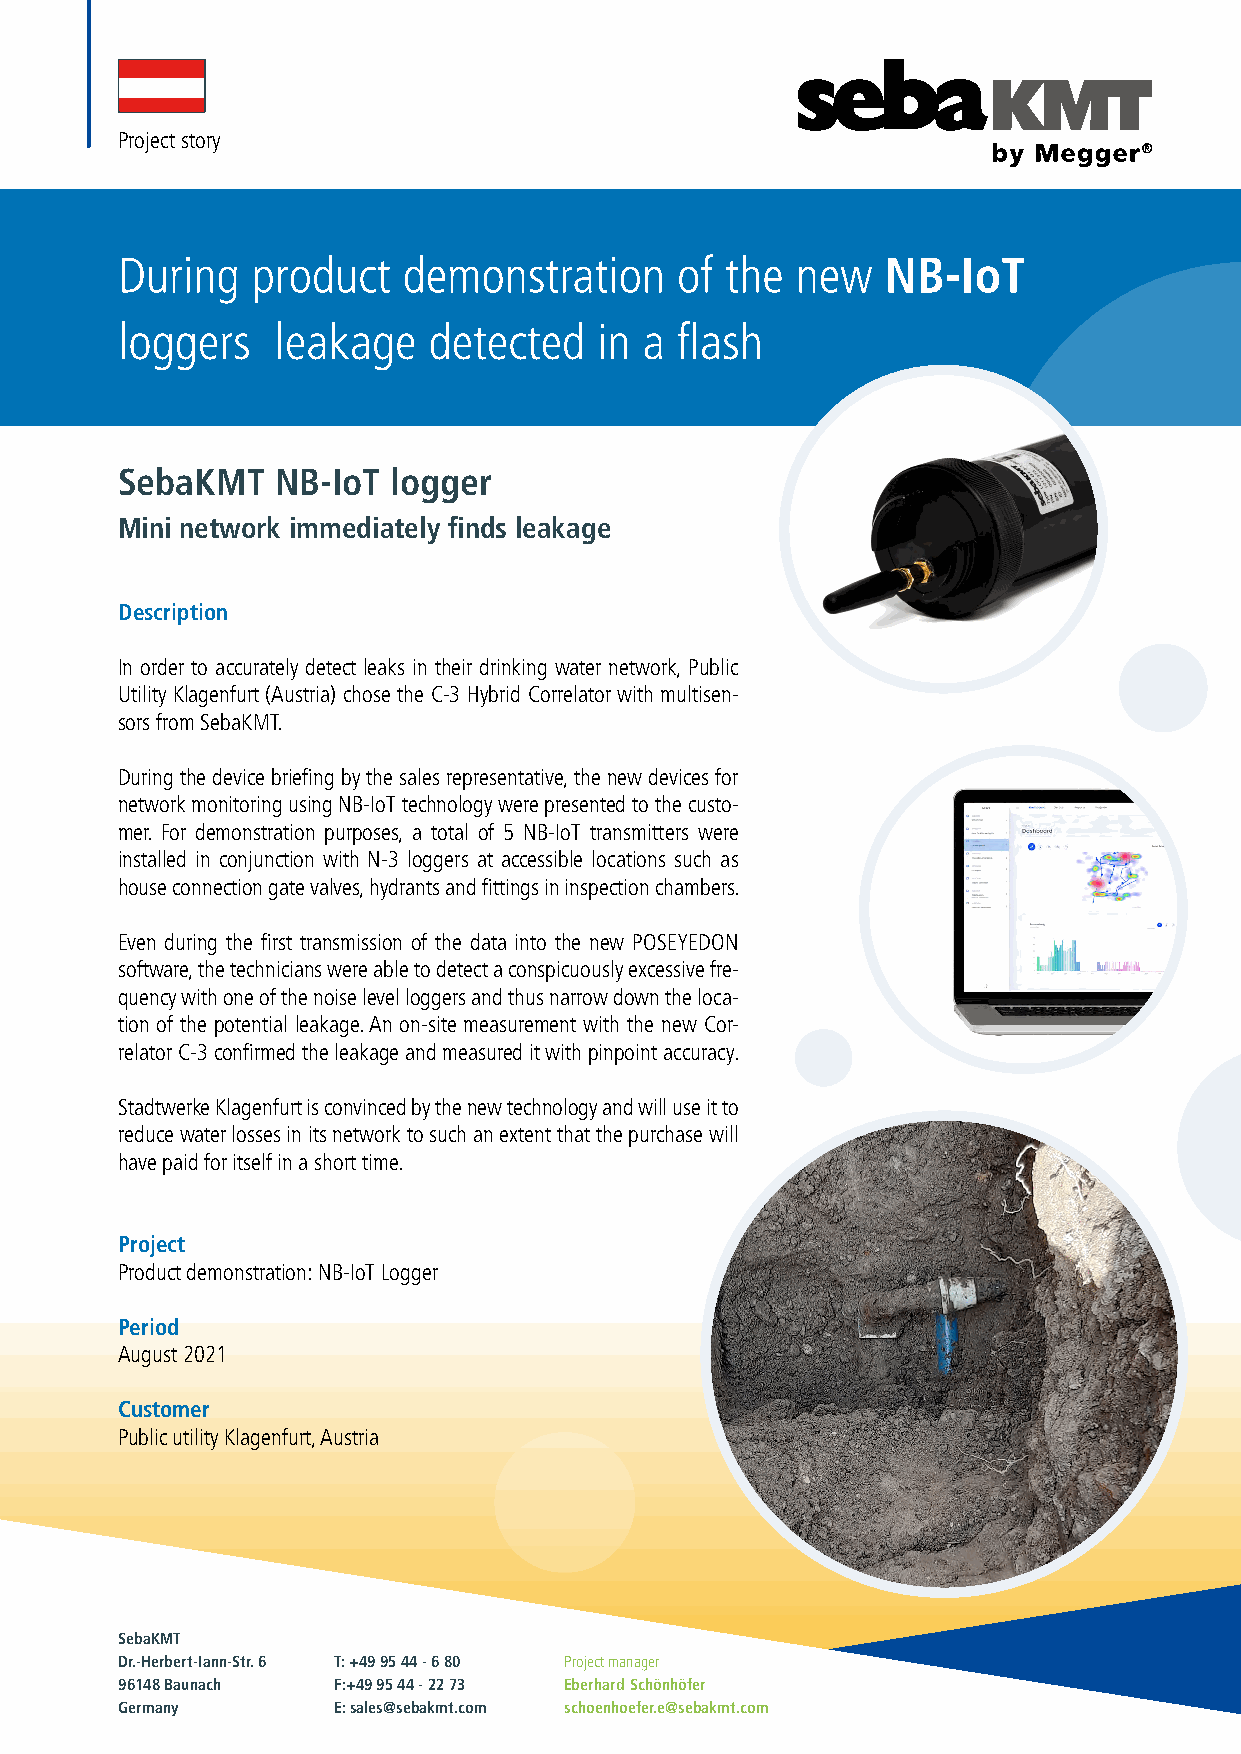
Project story
 During   product   demonstration     of the  new   NB-IoT
 loggers   leakage   detected    in a flash
 SebaKMT   NB-IoT  logger
 Mini network immediately finds leakage
 Description
 In order to accurately detect leaks in their drinking water network, Public
 Utility Klagenfurt (Austria) chose the C-3 Hybrid Correlator with multisen-
 sors from SebaKMT.
 During the device briefing by the sales representative, the new devices for
 network monitoring using NB-IoT technology were presented to the custo-
 mer. For demonstration purposes, a total of 5 NB-IoT transmitters were
 installed in conjunction with N-3 loggers at accessible locations such as
 house connection gate valves, hydrants and fittings in inspection chambers.
 Even during the first transmission of the data into the new POSEYEDON
 software, the technicians were able to detect a conspicuously excessive fre-
 quency with one of the noise level loggers and thus narrow down the loca-
 tion of the potential leakage. An on-site measurement with the new Cor-
 relator C-3 confirmed the leakage and measured it with pinpoint accuracy.
 Stadtwerke Klagenfurt is convinced by the new technology and will use it to
 reduce water losses in its network to such an extent that the purchase will
 have paid for itself in a short time.
 Project
 Product demonstration: NB-IoT Logger
 Period
 August 2021
 Customer
 Public utility Klagenfurt, Austria
 SebaKMT
 Dr.-Herbert-Iann-Str. 6 T: +49 95 44 - 6 80 Project manager
 96148 Baunach F:+49 95 44 - 22 73 Eberhard Schönhöfer
 Germany       E: sales@sebakmt.com schoenhoefer.e@sebakmt.com